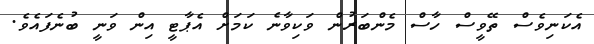
އެކަނިވެސް ތޭވީސް ހާސް މެންބަރުން ވަކިވާނެ ކަމަށް އެޕާޓީ އިން ވަނީ ބުނެފައެވެ.